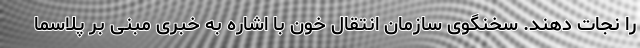
را نجات دهند. سخنگوی سازمان انتقال خون با اشاره به خبری مبنی بر پلاسما